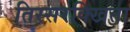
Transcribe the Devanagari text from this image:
तिस्सरक्खिता